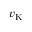
v _ { \mathrm { K } }